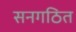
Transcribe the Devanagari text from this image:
सनगठित